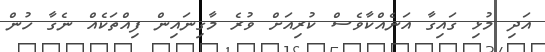
އަދި މުޅި ގައިގާ އަނެއްކާވެސް ކުރިއަށް ވުރެ މާގިނައިން ފިއްތަކެއް ނެގާ ހުން